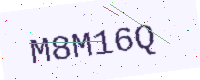
Text: M8M16Q